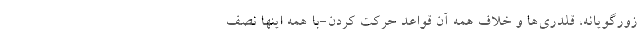
زورگویانه، قلدری‌ها و خلاف همه آن قواعد حرکت کردن-با همه اینها نصف